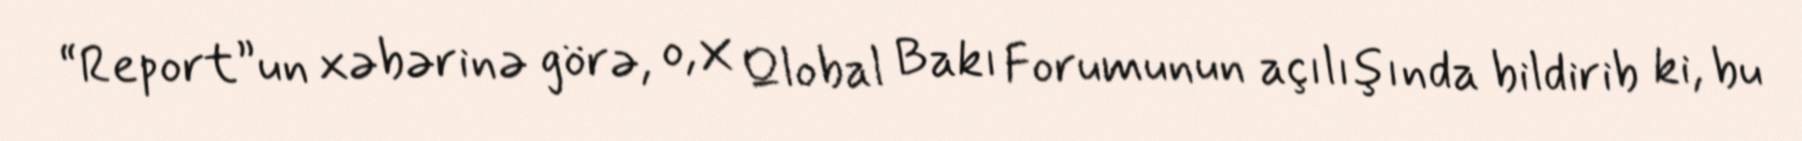
“Report”un xəbərinə görə, o, X Qlobal Bakı Forumunun açılışında bildirib ki, bu